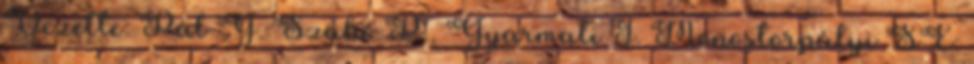
Vezette: Pál G. Szabó P., Gyarmati I. Monostorpályi SE: